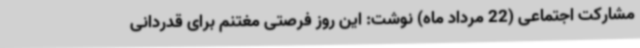
مشارکت اجتماعی (22 مرداد ماه) نوشت: این روز فرصتی مغتنم برای قدردانی